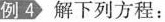
例4 解下列方程：